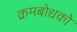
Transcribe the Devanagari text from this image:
क्रमबोधको